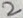
Text: 2